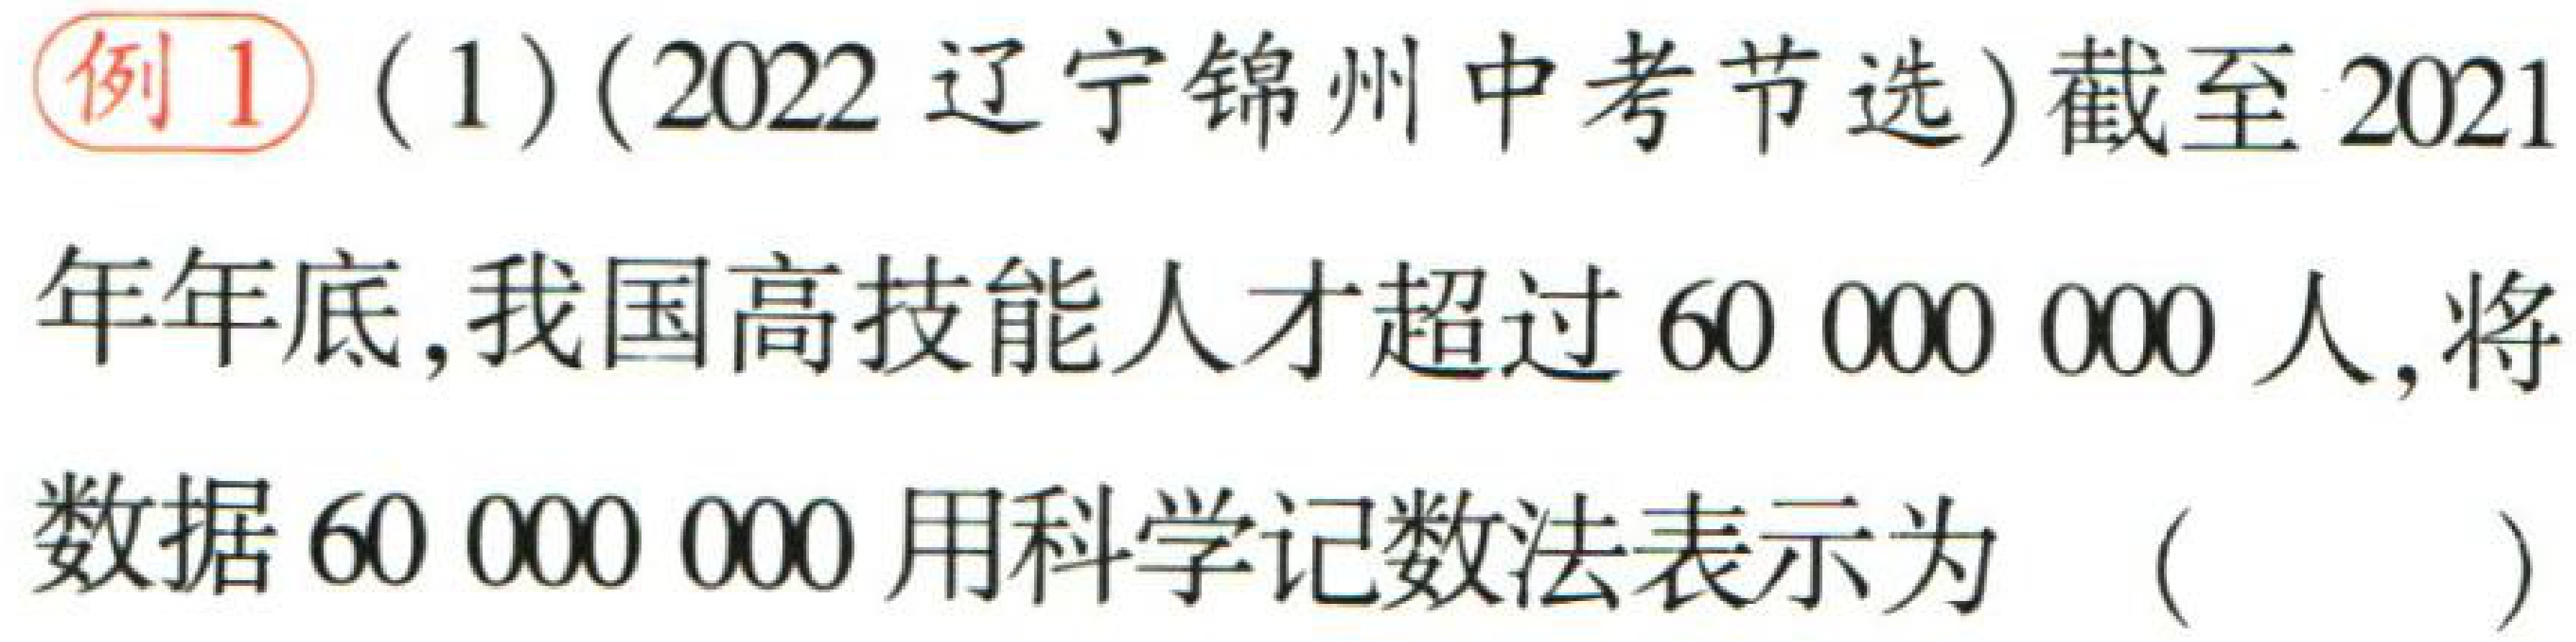
例1（1）(2022 辽宁锦州中考节选)截至2021年年底，我国高技能人才超过$60\ 000\ 000$人，将数据$60\ 000\ 000$用科学记数法表示为（  ）